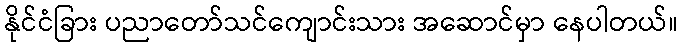
နိုင်ငံခြား ပညာတော်သင်ကျောင်းသား အဆောင်မှာ နေပါတယ်။